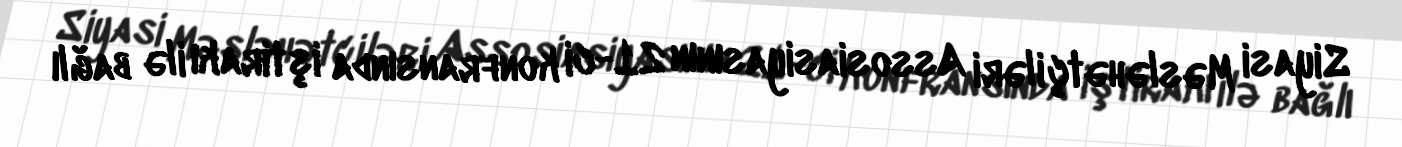
Siyasi Məsləhətçiləri Assosiasiyasının 21-ci konfransında iştirakı ilə bağlı